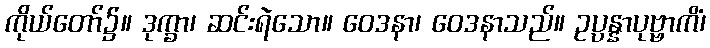
ကိုယ်တော်၌။ ဒုက္ခာ၊ ဆင်းရဲသော။ ဝေဒနာ၊ ဝေဒနာသည်။ ဥပ္ပန္နာပုဗ္ဗာကိံ၊